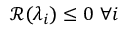
\mathcal { R } ( \lambda _ { i } ) \leq 0 \ \forall i